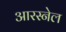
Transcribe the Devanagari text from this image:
आरस्नेल